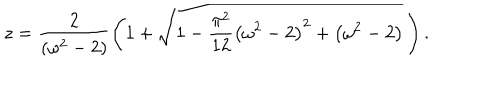
z = \frac { 2 } { \left( \omega ^ { 2 } - 2 \right) } \left( 1 + \sqrt { 1 - \frac { \pi ^ { 2 } } { 1 2 } \left( \omega ^ { 2 } - 2 \right) ^ { 2 } + \left( \omega ^ { 2 } - 2 \right) } \, \right) .